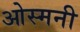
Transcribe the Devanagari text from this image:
ओस्मनी